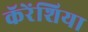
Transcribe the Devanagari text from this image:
कॅरेंशिया